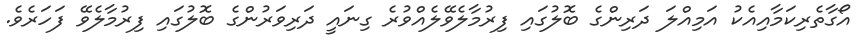
އޯގާތެރިކަމާއިއެކު އަމިއްލަ ދަރިންގެ ބޮލުގައި ފިރުމާލެވޭލެއްވުރެ ގިނައީ ދަރިވަރުންގެ ބޮލުގައި ފިރުމާލެވޭ ފަހަރެވެ.